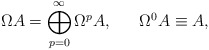
\begin{align*}\Omega A = \bigoplus^\infty_{p = 0}\Omega^p A , \ \ \ \ \ \Omega^0 A \equiv A,\end{align*}